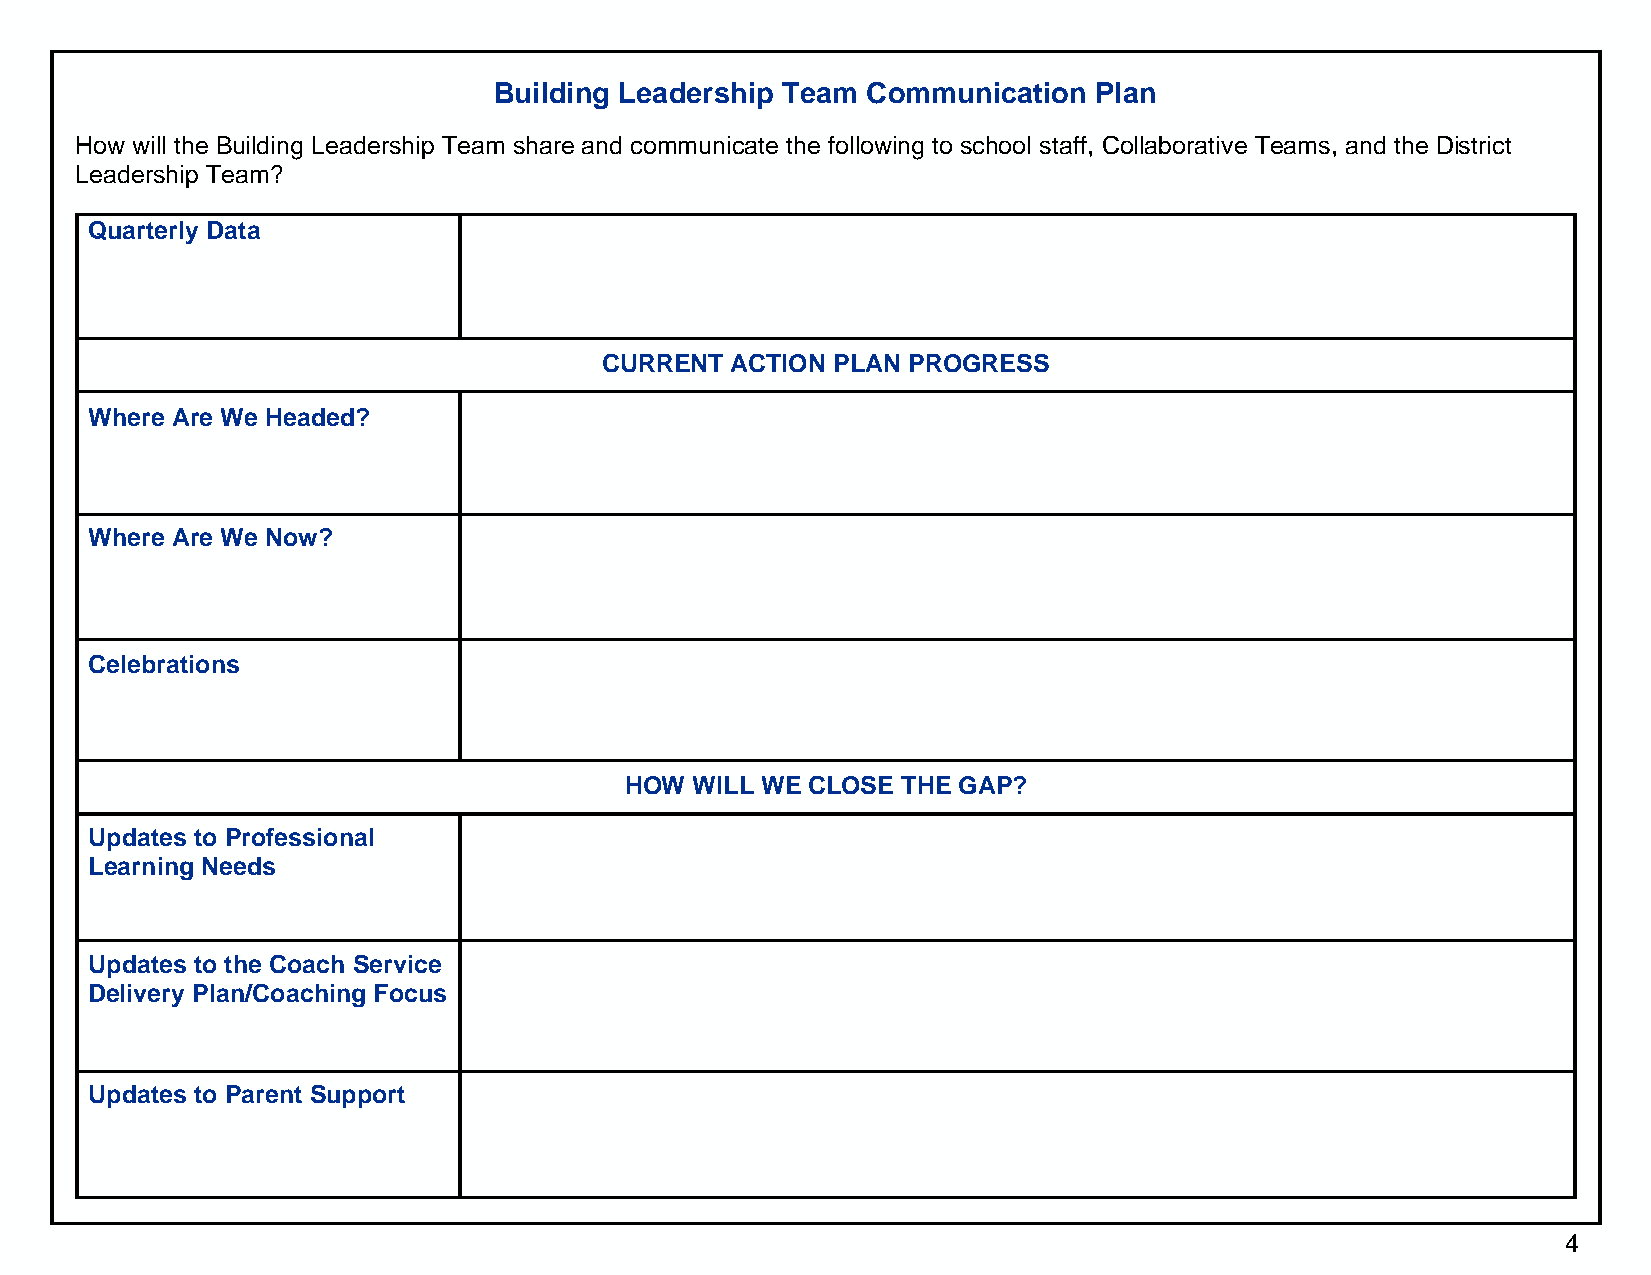
Building Leadership Team Communication Plan
 How will the Building Leadership Team share and communicate the following to school staff, Collaborative Teams, and the District
 Leadership Team?
 Quarterly Data
 CURRENT ACTION PLAN PROGRESS
 Where Are We Headed?
 Where Are We Now?
 Celebrations
 HOW  WILL WE CLOSE THE GAP?
 Updates to Professional
 Learning Needs
 Updates to the Coach Service
 Delivery Plan/Coaching Focus
 Updates to Parent Support
 4